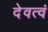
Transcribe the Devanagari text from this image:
देवत्वं